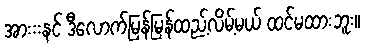
အားးးနင် ဒီလောက်မြန်မြန်ထည့်လိမ့်မယ် ထင်မထားဘူး။